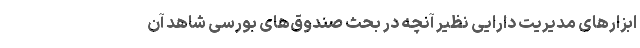
ابزارهای مدیریت ‌دارایی نظیر آنچه در بحث صندوق‌های بورسی شاهد آن